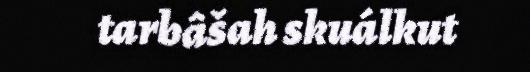
tarbâšah skuálkut